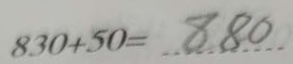
8 3 0 + 5 0 = 8 8 0